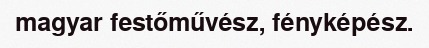
magyar festőművész, fényképész.